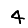
Digit: 4